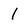
Character: I